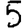
Digit: 5